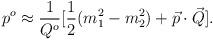
LaTeX: \begin{align*}p^o\approx {1\over {Q^o}}[{1\over 2}(m_1^2-m_2^2)+\vec p\cdot \vec Q].\end{align*}